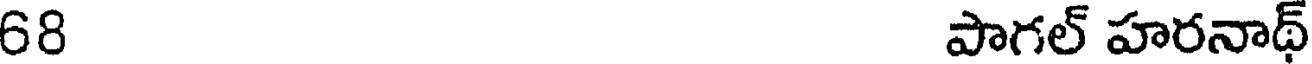
68 పాగల్ హరనాథ్